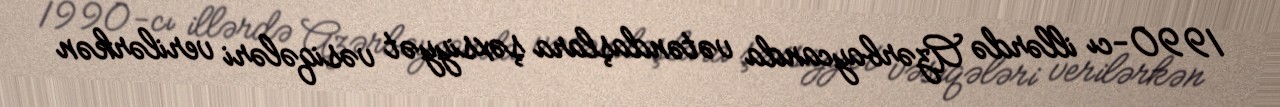
1990-cı illərdə Azərbaycanda vətəndaşlara şəxsiyyət vəsiqələri verilərkən